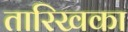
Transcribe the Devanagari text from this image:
तारिखका